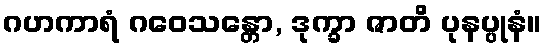
ဂဟကာရံ ဂဝေသန္တော, ဒုက္ခာ ဇာတိ ပုနပ္ပုနံ။